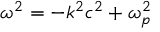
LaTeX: \omega ^ { 2 } = - k ^ { 2 } c ^ { 2 } + \omega _ { p } ^ { 2 }